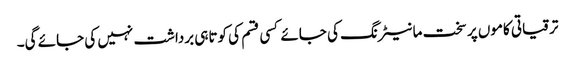
ترقیاتی کاموں پر سخت مانیٹرنگ کی جائے کسی قسم کی کوتاہی برداشت نہیں کی جائے گی۔